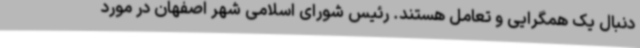
دنبال یک همگرایی و تعامل هستند. رئیس شورای اسلامی شهر اصفهان در مورد